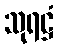
သုရဋ္ဌံ